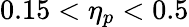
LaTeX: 0.15<\eta_{p}<0.5